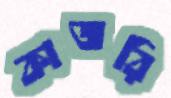
কাজরি